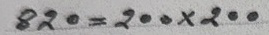
820 = 200 x 200